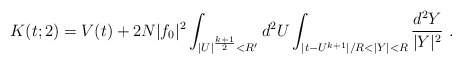
\begin{align*}K(t;2) = V(t) + 2N|f_0|^2\int_{|U|^{k+1\over2}<R'}d^2U \int_{|t-U^{k+1}|/R<|Y|<R}{d^2Y\over|Y|^2}~.\end{align*}